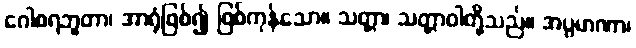
ဂေါစရဘူတာ၊ အာရုံဖြစ်၍ ဖြစ်ကုန်သော။ သတ္တာ၊ သတ္တာဝါတို့သည်။ အပ္ပမာဏာ၊